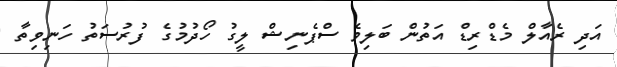
އަދި ރެއާލް މެޑްރިޑް އަތުން ބަލިވެ ސްޕެނިޝް ލީގު ހޯދުމުގެ ފުރުސަތު ހަނިވިތާ